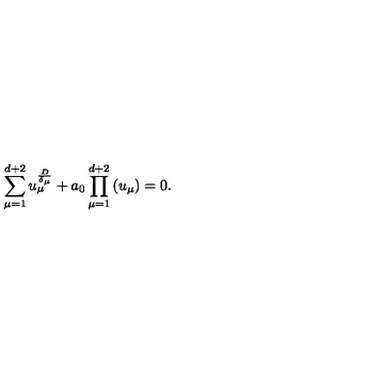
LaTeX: \sum _ { \mu = 1 } ^ { d + 2 } u _ { \mu } ^ { \frac { D } { \delta _ { \mu } } } + a _ { 0 } \prod _ { \mu = 1 } ^ { d + 2 } \left( u _ { \mu } \right) = 0 .